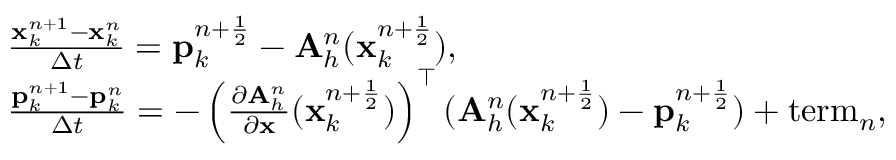
\begin{array} { r l } & { \frac { { \mathbf x } _ { k } ^ { n + 1 } - { \mathbf x } _ { k } ^ { n } } { \Delta t } = { \mathbf p } _ { k } ^ { n + \frac { 1 } { 2 } } - { \mathbf A } _ { h } ^ { n } ( { \mathbf x } _ { k } ^ { n + \frac { 1 } { 2 } } ) , } \\ & { \frac { { \mathbf p } _ { k } ^ { n + 1 } - { \mathbf p } _ { k } ^ { n } } { \Delta t } = - \left( \frac { \partial { \mathbf A } _ { h } ^ { n } } { \partial \mathbf x } ( { \mathbf x } _ { k } ^ { n + \frac { 1 } { 2 } } ) \right) ^ { \top } ( { \mathbf A } _ { h } ^ { n } ( { \mathbf x } _ { k } ^ { n + \frac { 1 } { 2 } } ) - { \mathbf p } _ { k } ^ { n + \frac { 1 } { 2 } } ) + \mathrm { t e r m } _ { n } , } \end{array}